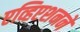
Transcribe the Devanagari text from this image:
एव्हिएशनने